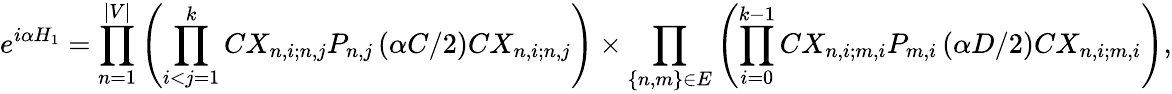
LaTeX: e^{i\alpha H_{1}}=\prod_{n=1}^{|V|}\left(\prod_{i<j=1}^{k}CX_{n,i;n,j}P_{n,j}\left(\alpha C/2\right)CX_{n,i;n,j}\right)\times\prod_{\{ n,m\} \in E}\left(\prod_{i=0}^{k-1}CX_{n,i;m,i}P_{m,i}\left(\alpha D/2\right)CX_{n,i;m,i}\right),